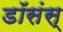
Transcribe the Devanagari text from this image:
डॉसंस्